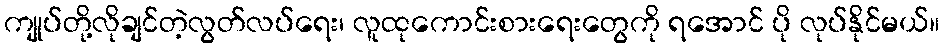
ကျုပ်တို့လိုချင်တဲ့လွတ်လပ်ရေး၊ လူထုကောင်းစားရေးတွေကို ရအောင် ပို လုပ်နိုင်မယ်။